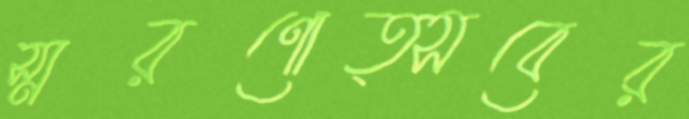
স্মরণোত্সবের